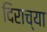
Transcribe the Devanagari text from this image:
दिराच्या